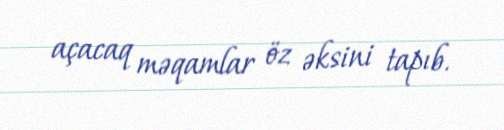
açacaq məqamlar öz əksini tapıb.